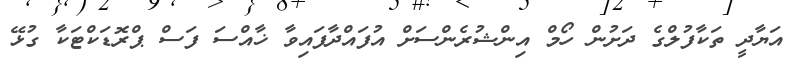
އަޔާދީ ތަކާފުލްގެ ދަށުން ހޯމް އިންޝުރެންސަށް އުފައްދާފައިވާ ޚާއްސަ ފަސް ޕްރޮޑަކްޓަކާ ގުޅޭ